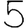
Digit: 5